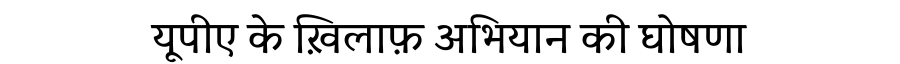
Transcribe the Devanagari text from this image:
यूपीए के ख़िलाफ़ अभियान की घोषणा